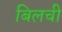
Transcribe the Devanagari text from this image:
बिलची